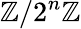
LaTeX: \mathbb{Z}/2^{n}\mathbb{Z}